Indian journal of veterinary science and animal husbandry - Volume 14,
Year: 1944
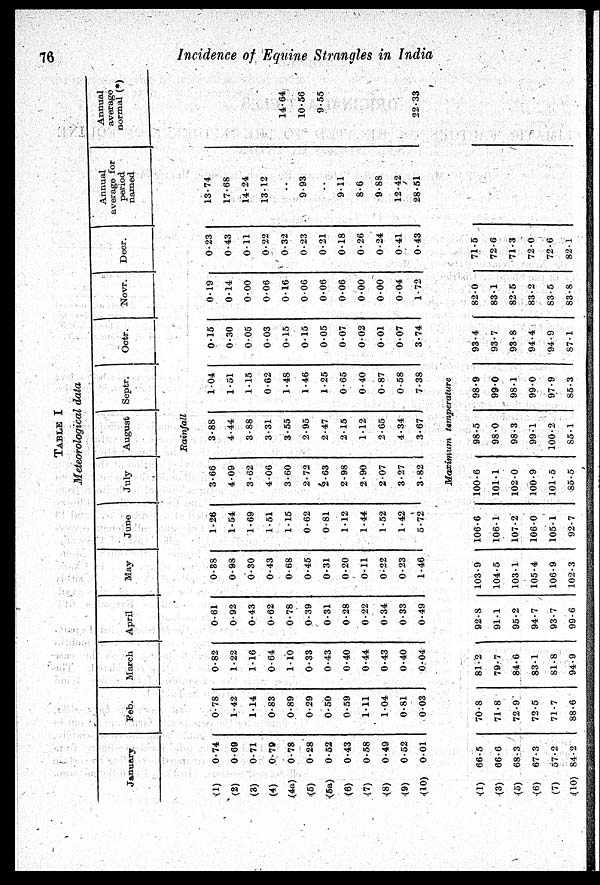
76
Incidence of Equine Strangles in India
TABLE I
Meteorological data
January
Feb.
March
April
May
June
July
August Septr.
Octr.
Novr.
Decr.
Annual
average for
period
named.
Annual
average
normal (*)
Rainfall
(1)
(2)
(3)
(4)
(4a)
(5)
(5a)
(6)
(7)
(8)
(9)
(10)
0.74
0.69
0.71
0.70
0.78
0.28
0.52
0.43
0.58
0.49
0.52
0.01
0.78
1.42
1.14
0.83
0.89
0.29
0.50
0.59
1.11
1.04
0.81
0.03
0.82
1.22
1.16
0.64
1.10
0.33
0.43
0.40
0.44
0.43
0.40
0.04
0.61
0.92
0.43
0.62
0.78
0.39
0.31
0.28
0.22
0.34
0.33
0.49
0.88
0.98
0.30
0.43
0.68
0.45
0.31
0.20
0.11
0.22
0.23
1.46
1.28
1.54
1.69
1.51
1.15
0.62
0.81
1.12
1.44
1.52
1.42
5.72
3.66
4.09
3.62
4.06
3.60
2.72
2.63
2.98
2.90
2.07
3.27
3.82
3.88
4.44
3.88
3.31
3.55
2.95
2.47
2.15
1.12
2.65
4.34
3.67
1.04
1.51
1.15
0.62
1.48
1.46
1.25
0.65
0.40
0.87
0.58
7.38
0.15
0.30
0.05
0.03
0.15
0.15
0.05
0.07
0.02
0.01
0.07
3.74
0.19
0.14
0.00
0.06
0.16
0.06
0.06
0.06
0.00
0.00
0.04
1.72
0.23
0.43
0.11
0.22
0.32
0.23
0.21
0.18
0.26
0.24
0.41
0.43
13.74
17.68
14.24
13.12
..
9.93
..
9.11
8.6
9.88
12.42
28.51
14.64
10.56
9.55
22.33
Maximum temperature
(1)
(3)
(5)
(6)
(7)
(10)
66.5
66.6
68.3
67.3
57.2
84.2
70.8
71.8
72.9
72.5
71.7
88.6
81.2
79.7
84.6
83.1
81.8
94.9
92.8
91.1
95.2
94.7
93.7
99.6
103.9
104.5
103.1
105.4
106.9
102.3
106.6
106.1
107.2
106.0
105.1
92.7
100.6
101.1
102.0
100.9
101.5
85.5
98.5
98.0
98.3
99.1
100.2
85.1
98.9
99.0
98.1
99.0
97.9
85.3
93.4
93.7
93.8
94.4
94.9
87.1
82.0
83.1
82.5
83.2
83.5
83.8
71.5
72.6
71.3
72.0
72.6
82.1